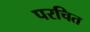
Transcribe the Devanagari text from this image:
परचित